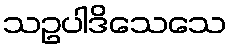
သဥပါဒိသေသေ